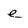
Character: e